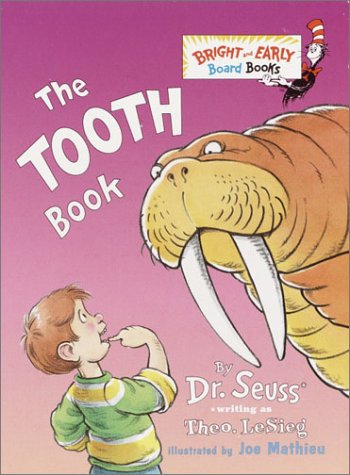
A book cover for The Tooth Book (Bright & Early Board Books(TM)); Dr. Seuss; Children's Books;